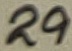
Text: 29